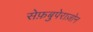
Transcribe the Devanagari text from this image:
सेफ़बुपेराज़ोन